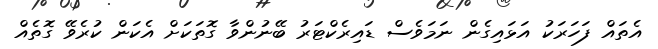
އެތައް ފަހަރަކު އަޅައިގެން ނަމަވެސް ޑައިރެކްޓަރު ބޭނުންވާ ގޮތަކަށް އެކަން ކުރެވޭ ގޮތެއް